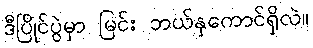
ဒီပြိုင်ပွဲမှာ မြင်း ဘယ်နှကောင်ရှိလဲ။